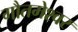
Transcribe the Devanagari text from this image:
गौतमेश्वर